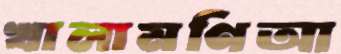
খালামণিআ